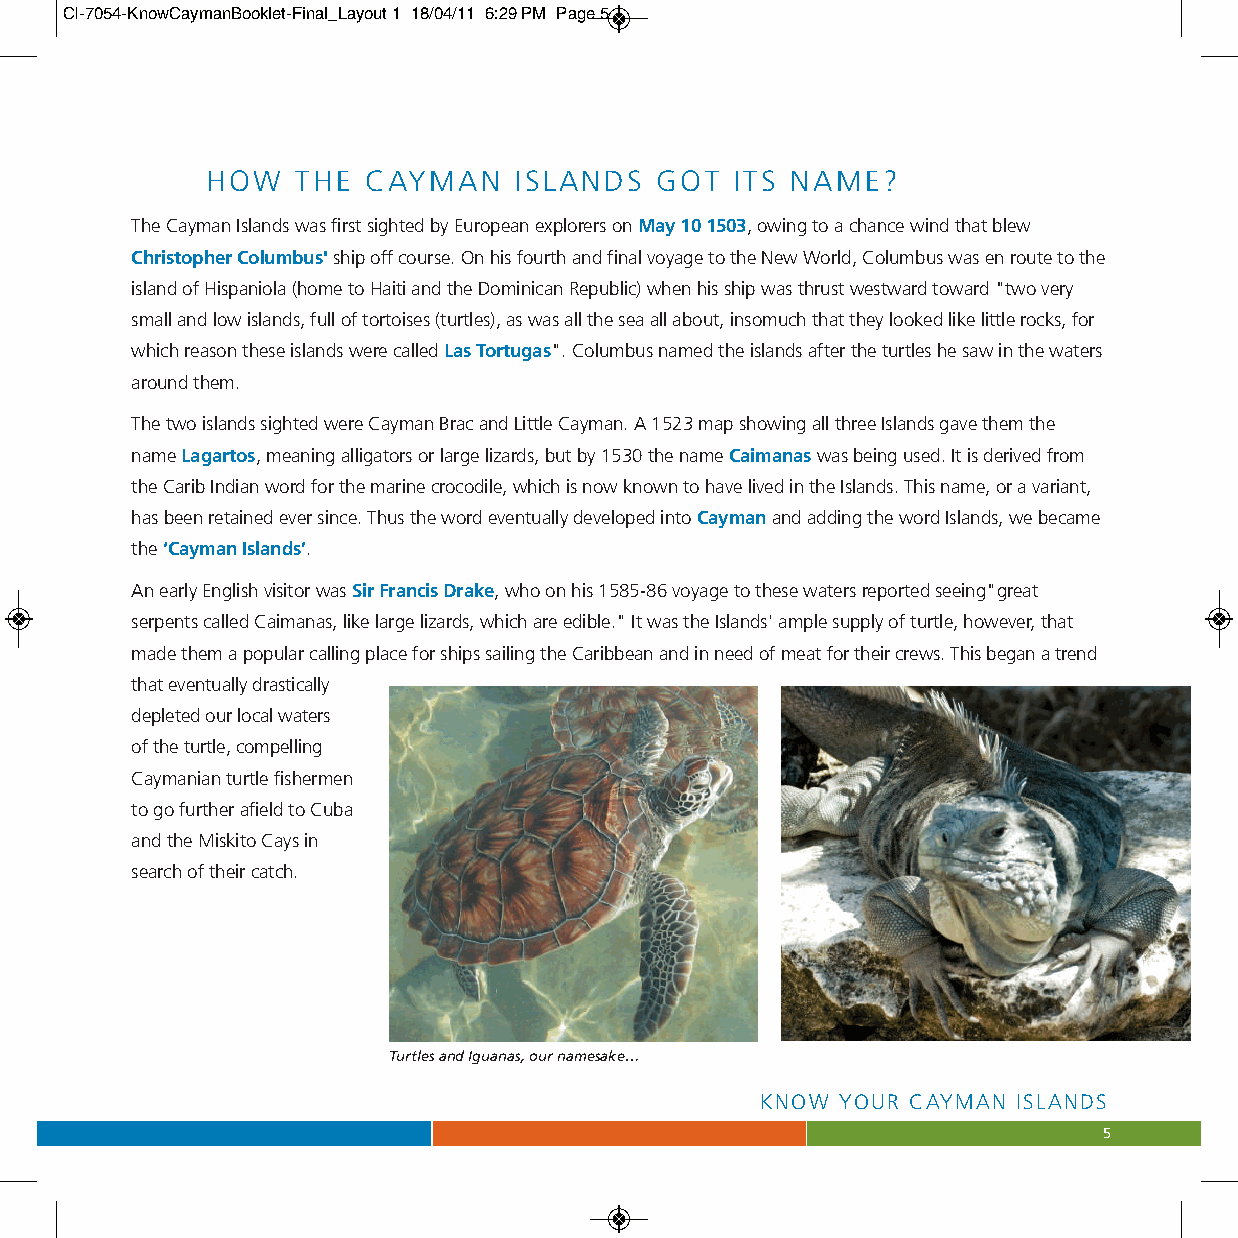
CI-7054-KnowCaymanBooklet-Final_Layout 1 18/04/11 6:29 PM Page 5
 HOW   THE CAYMAN    ISLANDS  GOT   ITS NAME?
 The Cayman Islands was first sighted by European explorers on May 10 1503, owing to a chance wind that blew
 Christopher Columbus'ship off course. On his fourth and final voyage to the New World, Columbus was en route to the
 island of Hispaniola (home to Haiti and the Dominican Republic) when his ship was thrust westward toward "two very
 small and low islands, full of tortoises (turtles), as was all the sea all about, insomuch that they looked like little rocks, for
 which reason these islands were called Las Tortugas". Columbus named the islands after the turtles he saw in the waters
 around them.
 The two islands sighted were Cayman Brac and Little Cayman. A 1523 map showing all three Islands gave them the
 name Lagartos, meaning alligators or large lizards, but by 1530 the name Caimanaswas being used. It is derived from
 the Carib Indian word for the marine crocodile, which is now known to have lived in the Islands. This name, or a variant,
 has been retained ever since. Thus the word eventually developed into Caymanand adding the word Islands, we became
 the ‘Cayman Islands’.
 An early English visitor was Sir Francis Drake, who on his 1585-86 voyage to these waters reported seeing"great
 serpents called Caimanas, like large lizards, which are edible." It was the Islands' ample supply of turtle, however, that
 made them a popular calling place for ships sailing the Caribbean and in need of meat for their crews. This began a trend
 that eventually drastically
 depleted our local waters
 of the turtle, compelling
 Caymanian turtle fishermen
 to go further afield to Cuba
 and the Miskito Cays in
 search of their catch.
 Turtles and Iguanas, our namesake…
 KNOW  YOUR CAYMAN ISLANDS
 5